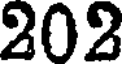
202